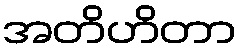
အတိဟိတာ